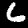
Digit: 6